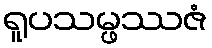
ရူပသမ္ဖဿဇံ